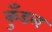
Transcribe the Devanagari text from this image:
कुँडल